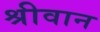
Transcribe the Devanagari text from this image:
श्रीवान